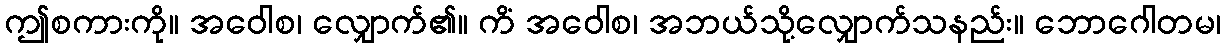
ဤစကားကို။ အဝေါစ၊ လျှောက်၏။ ကိံ အဝေါစ၊ အဘယ်သို့လျှောက်သနည်း။ ဘောဂေါတမ၊